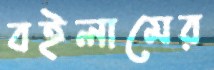
বইলামের